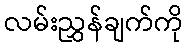
လမ်းညွှန်ချက်ကို